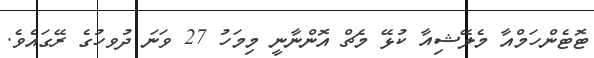
ޓޮޓެންހަމްއާ މެލޭޝިއާ ކުޅޭ މެޗް އޮންނާނީ މިމަހު 27 ވަނަ ދުވހުގެ ރޭގައެވެ.